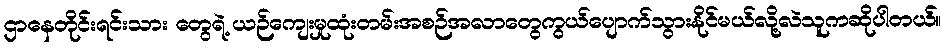
ဌာနေတိုင်းရင်းသား တွေရဲ့ ယဉ်ကျေးမှုထုံးတမ်းအစဉ်အလာတွေကွယ်ပျောက်သွားနိုင်မယ်လို့လဲသူကဆိုပါတယ်။